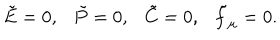
LaTeX: \tilde { E } = 0 , \tilde { P } = 0 , \tilde { C } = 0 , \tilde { f } _ { \mu } = 0 .